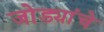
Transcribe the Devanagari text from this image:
जोड्यांचे